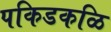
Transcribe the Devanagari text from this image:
पकिडकळि